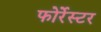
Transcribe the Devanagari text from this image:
फोर्रेस्टर